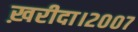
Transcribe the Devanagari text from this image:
ख़रीदा।२००७